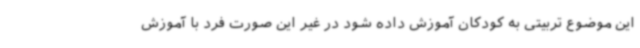
این موضوع تربیتی به کودکان آموزش داده شود در غیر این صورت فرد با آموزش